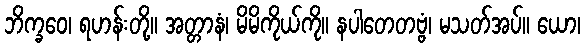
ဘိက္ခဝေ၊ ရဟန်းတို့။ အတ္တာနံ၊ မိမိကိုယ်ကို။ နပါတေတဗ္ဗံ၊ မသတ်အပ်။ ယော၊